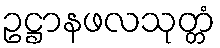
ဥဋ္ဌာနဖလသုတ္တံ